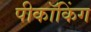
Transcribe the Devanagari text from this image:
पीकॉकिंग